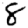
Digit: 8